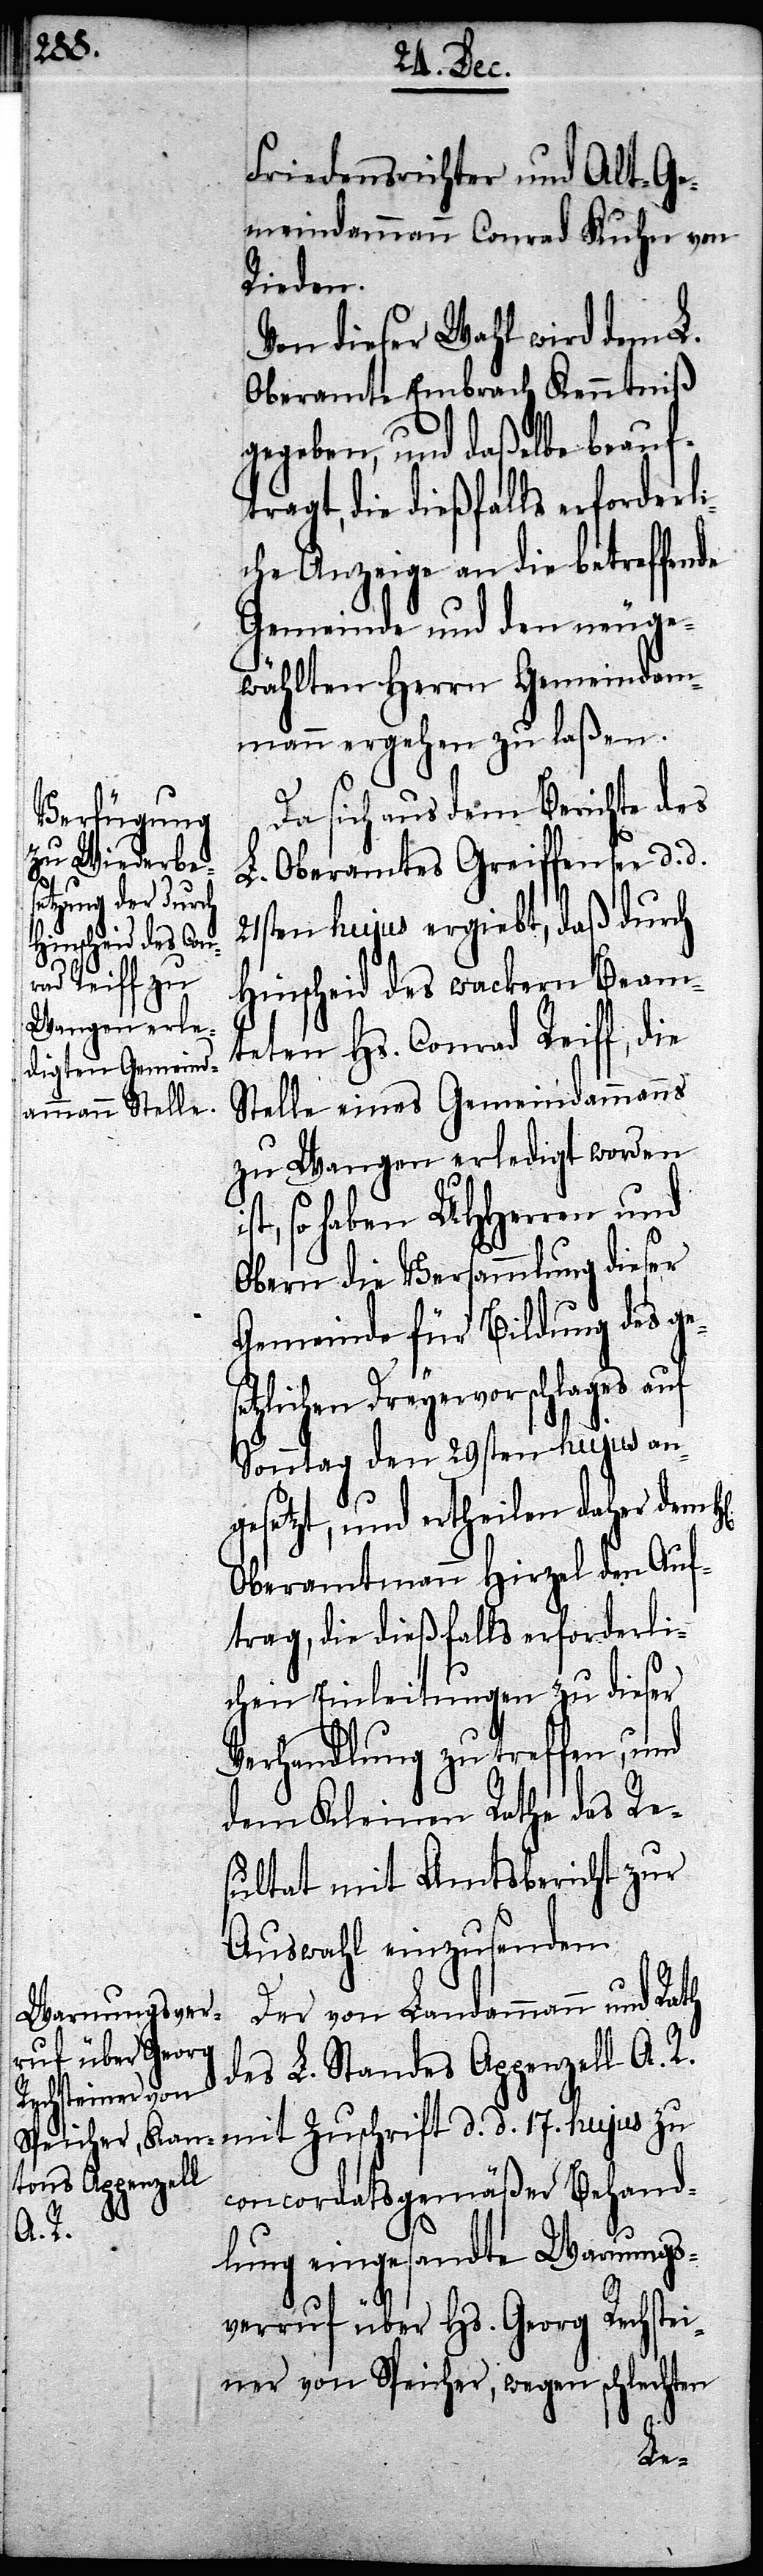
Friedensrichter und Alt-Ge¬
meindammann Conrad Kuhn von
Rieden.
Von dieser Wahl wird dem L.
Oberamte Embrach Kenntniß
gegeben, und daßelbe beauf¬
tragt, die dießfalls erforderli¬
che Anzeige an die betreffen¬
Gemeinde und neu ge¬
wählten Herrn Gemeindam¬
mann ergehen zu laßen.
Da sich aus dem Berichte des
L. Oberamtes Greiffensee d. d.
21sten hujus ergiebt, daß durch
Hinscheid des wackern Beam¬
teten Hs. Conrad Reiff, die
Stelle eines Gemeindammanns
zu Wangen erledigt worden
so haben UHHerren und
Obern die Versammlung dieser
Gemeinde für Bildung des ge¬
tzlichen Dreyervorschlages auf
Sonntag den 29sten hujus an¬
gesetzt, und ertheilen daher dem
Oberamtmann Hirzel den Auf¬
trag, die dießfalls erforderli¬
chen Einleitungen zu dieser
Verhandlung zu treffen, und
dem Kleinen Rathe das Re¬
sultat mit Amtsbericht zur
Auswahl einzusenden.
Der von Landammann und Rath
des L. Standes Appenzell A. R.
mit Zuschrift d. d. 17. hujus zu
concordatsgemäßer Behand¬
lung eingesandte Warnungs¬
verruf über Hs. Georg Rechstei¬
ner von Speicher, wegen schlechten
se¬